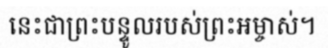
នេះជាព្រះបន្ទូលរបស់ព្រះអម្ចាស់។